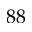
8 8